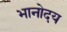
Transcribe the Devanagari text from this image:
भानोदय